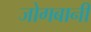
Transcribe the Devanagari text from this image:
जोगबानी